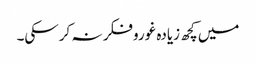
میں کچھ زیادہ غوروفکر نہ کرسکی۔